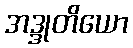
အဒ္ဒုတိယော